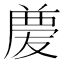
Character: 𠭶